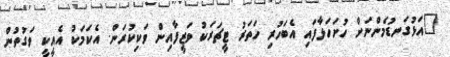
"އަޅުގަނޑުމެންނަށް ހުށަހަޅާފައި އެބަހުރި ހަތަރު ޓީޗަރަކު ވަޒީފާއިން ވަކިކުރަން. އެކަމަކު އެއީކީ ވަގުތުން